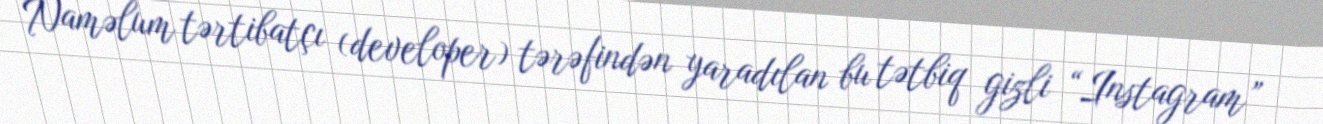
Naməlum tərtibatçı (developer) tərəfindən yaradılan bu tətbiq gizli “Instagram”